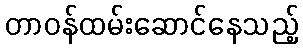
တာဝန်ထမ်းဆောင်နေသည့်